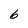
Character: 6